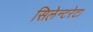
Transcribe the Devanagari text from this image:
सिलेन्टरेटा